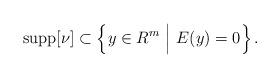
LaTeX: \begin{align*}{\rm supp} [\nu] \subset \left\{ y \in R^m \ \Big| \ E(y) = 0 \right\}.\end{align*}